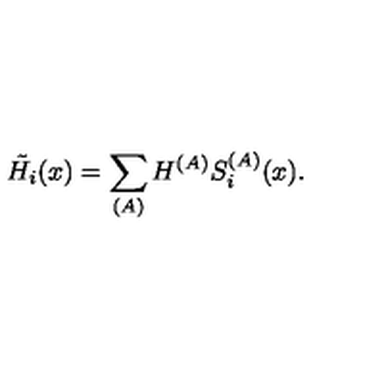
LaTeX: \tilde { H _ { i } } ( x ) = \sum _ { ( A ) } H ^ { ( A ) } S _ { i } ^ { ( A ) } ( x ) .